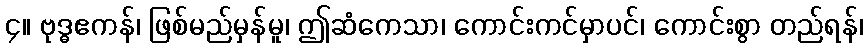
၄။ ဗုဒ္ဓဧကန်၊ ဖြစ်မည်မှန်မူ၊ ဤဆံကေသာ၊ ကောင်းကင်မှာပင်၊ ကောင်းစွာ တည်ရန်၊